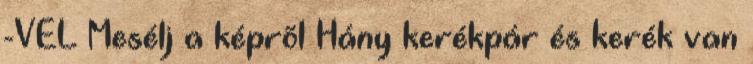
-VEL Mesélj a képrõl Hány kerékpár és kerék van